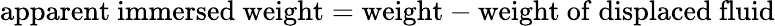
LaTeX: {\mathrm{apparent~immersed~weight}}={\mathrm{weight}}-{\mathrm{weight~of~displaced~fluid}}